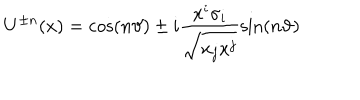
U ^ { \pm n } ( x ) = \cos ( n \vartheta ) \pm i \frac { x ^ { i } \sigma _ { i } } { \sqrt { x _ { j } x ^ { j } } } \sin ( n \vartheta )